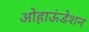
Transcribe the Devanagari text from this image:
ओहाऊंडेशन